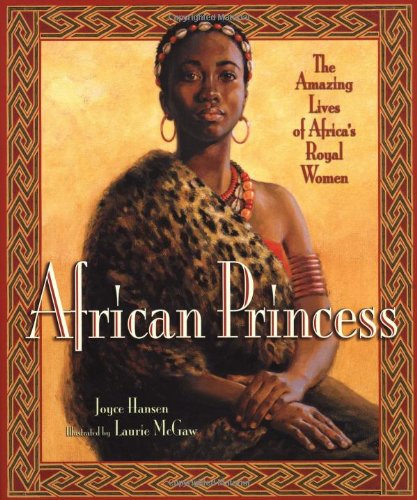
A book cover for African Princess: The Amazing Lives of Africa's Royal Women; Joyce Hansen; Children's Books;